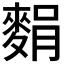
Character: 𪌭